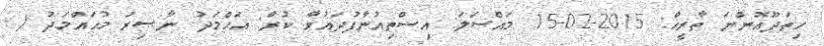
ހިތަދޫއޮންނަ ތާރީޚް: 2015-02-15 މައްސަލަ: އިސްތިއުނާފުދައުވާ ކުރާ: އަޙްމަދު ނާޞިރު މުޙައްމަދު /